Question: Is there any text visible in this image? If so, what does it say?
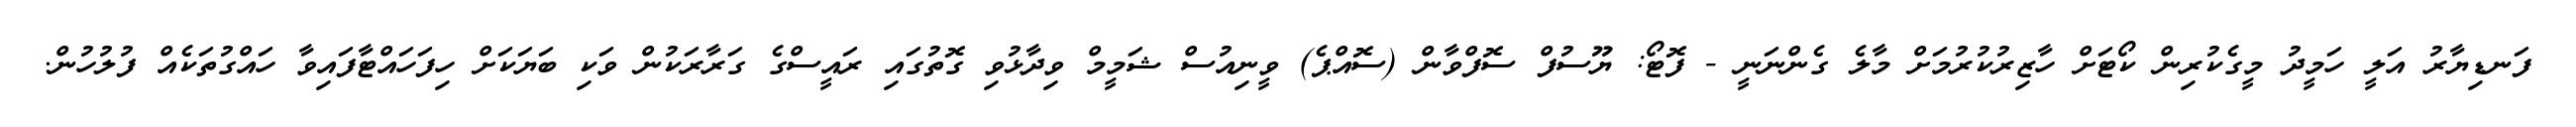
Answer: ފަނޑިޔާރު އަލީ ހަމީދު މީގެކުރިން ކޯޓަށް ހާޒިރުކުރުމަށް މާލެ ގެންނަނީ - ފޮޓޯ: ޔޫސުފް ސޮފްވާން (ސޮއްޕެ) ވީނިއުސް ޝަމީމް ވިދާޅުވި ގޮތުގައި ރައީސްގެ ގަރާރަކުން ވަކި ބަޔަކަށް ހިފަހައްޓާފައިވާ ހައްގުތަކެއް ފުލުހުން.